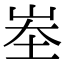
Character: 峚